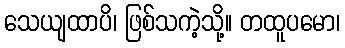
သေယျထာပိ၊ ဖြစ်သကဲ့သို့။ တထူပမော၊